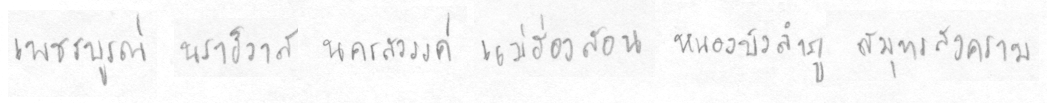
เพชรบรูณ์นราธิวาสนครสววรรค์แม่ฮ่องสอนหนองบัวลำภูสมุทรสงคราม